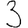
Digit: 3